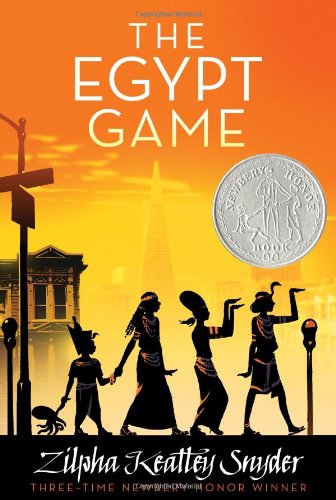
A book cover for The Egypt Game; Zilpha Keatley Snyder; Children's Books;